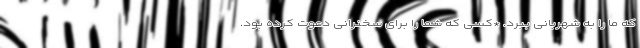
که ما را به شهربانی ببرد. *کسی که شما را برای سخنرانی دعوت کرده بود.